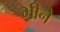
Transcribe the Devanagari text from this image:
भीने